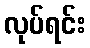
လုပ်ရင်း